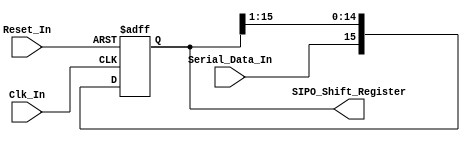
/*
Verilog Code, to implement a Serial-In-Parallel-Out - SIPO - 16-Bit Shift Register.



Author : Prasad Narayan Ghatol
*/



module Serial_In_Parallel_Out_SIPO_16_Bit (
    input             Clk_In,
    input             Reset_In,

    input             Serial_Data_In,
    output reg [15:0] SIPO_Shift_Register
);



// --------------------------------------------------
// Serial-In-Parallel-Out - SIPO - 16-Bit Shift Register Logic
// --------------------------------------------------
always @ (negedge Clk_In or posedge Reset_In)
    begin
        if (Reset_In)
            begin
                SIPO_Shift_Register <= 16'b0;
            end
        else
            begin
                SIPO_Shift_Register[15] <= Serial_Data_In;
                SIPO_Shift_Register[14] <= SIPO_Shift_Register[15];
                SIPO_Shift_Register[13] <= SIPO_Shift_Register[14];
                SIPO_Shift_Register[12] <= SIPO_Shift_Register[13];
                SIPO_Shift_Register[11] <= SIPO_Shift_Register[12];
                SIPO_Shift_Register[10] <= SIPO_Shift_Register[11];
                SIPO_Shift_Register[9]  <= SIPO_Shift_Register[10];
                SIPO_Shift_Register[8]  <= SIPO_Shift_Register[9];
                SIPO_Shift_Register[7]  <= SIPO_Shift_Register[8];
                SIPO_Shift_Register[6]  <= SIPO_Shift_Register[7];
                SIPO_Shift_Register[5]  <= SIPO_Shift_Register[6];
                SIPO_Shift_Register[4]  <= SIPO_Shift_Register[5];
                SIPO_Shift_Register[3]  <= SIPO_Shift_Register[4];
                SIPO_Shift_Register[2]  <= SIPO_Shift_Register[3];
                SIPO_Shift_Register[1]  <= SIPO_Shift_Register[2];
                SIPO_Shift_Register[0]  <= SIPO_Shift_Register[1];
            end
    end



endmodule